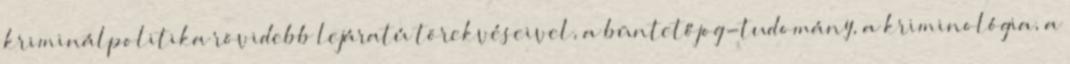
kriminálpolitika rövidebb lejáratú törekvéseivel, a büntetőjog-tudomány, a kriminológia, a